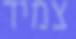
צמיד